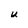
Character: U